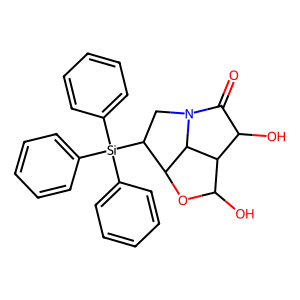
SMILES: O=C1C(O)C2C(O)OC3C2N1CC3[Si](c1ccccc1)(c1ccccc1)c1ccccc1
Inhibits HIV replication: No